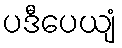
ပဒီပေယျံ